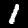
Label: 1